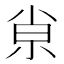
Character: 𡭴